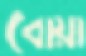
বোয়া